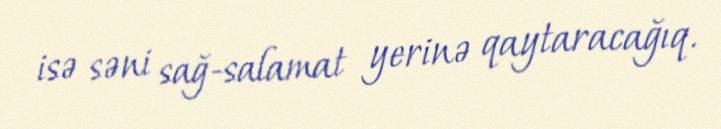
isə səni sağ-salamat yerinə qaytaracağıq.